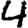
Digit: 4